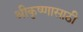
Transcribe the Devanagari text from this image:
श्रीकृष्णासाठी